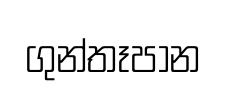
ගුන්තෑපාන